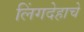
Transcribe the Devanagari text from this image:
लिंगदेहाचे